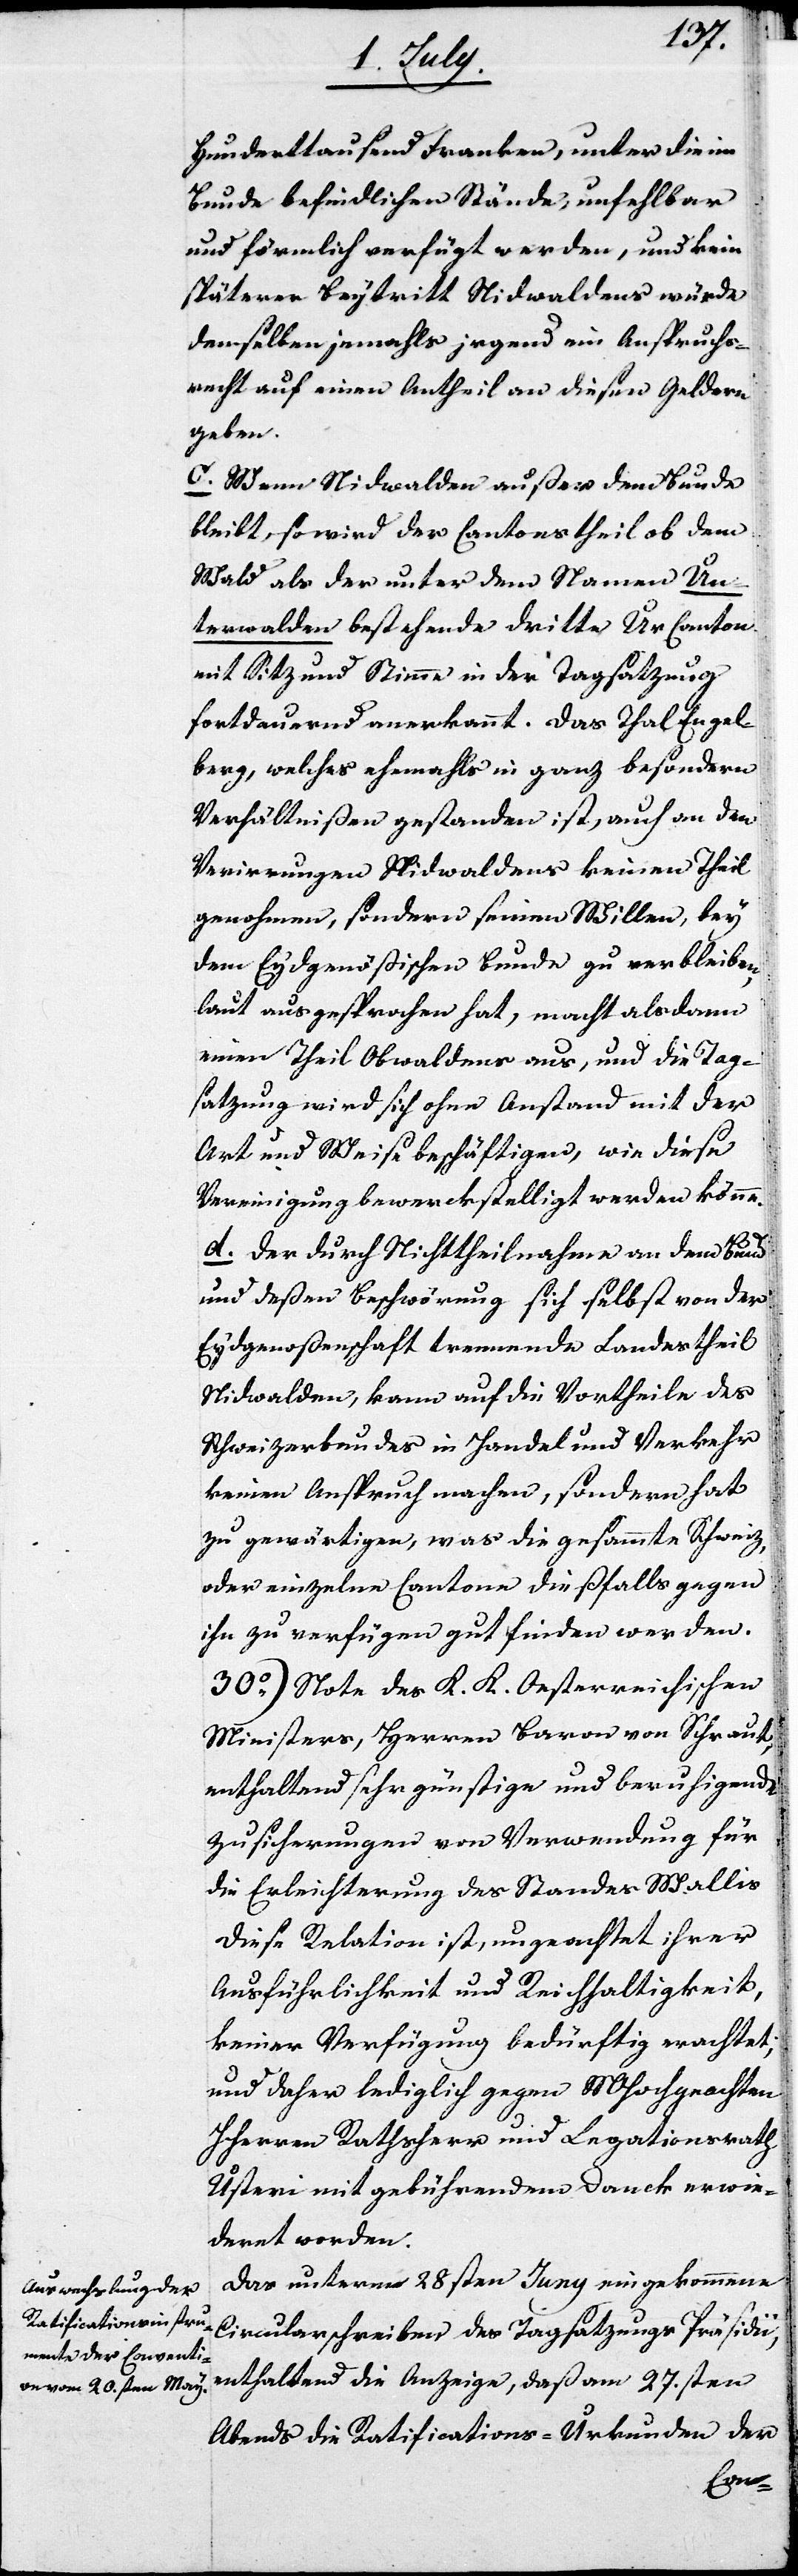
hunderttausend Franken, unter die im
Bunde befindlichen Stände, unfehlbar
und förmlich verfügt werden, und kein
späterer Beytritt Nidwaldens würde
demselben jemahls irgend ein Anspruchs¬
recht auf einen Antheil an diesen Geldern
geben.
c. Wenn Nidwalden außer dem Bunde
bleibt, so wird der Cantonstheil ob dem
Wald als der unter dem Namen Un¬
terwalden bestehende dritte Urcanton
mit Sitz und Stimme in der Tagsatzung
fortdauernd anerkannt. Das Thal Engel¬
berg, welches ehemals in ganz besondern
Verhältnißen gestanden ist, auch an den
Verwirrungen Nidwaldens keinen Theil
genohmen, sondern seinen Willen, bey
dem Eydgenößischen Bunde zu verbleiben,
laut ausgesprochen hat, macht alsdann
einen Theil Obwaldens aus, und die Tag¬
satzung wird sich ohne Anstand mit der
Art und Weise beschäftigen, wie diese
Vereinigung bewerkstelliget werden könnte.
d. Der durch Nichttheilnahme an dem Bunde
und deßen Beschwörung sich selbst von der
Eydsgenoßenschaft trennende Landtheil
Nidwalden, kann auf die Vortheile des
Schweizerbundes in Handel und Verkehr
keinen Anspruch machen, sondern hat
zu gewärtigen, was die gesammte Schweiz
oder einzelne Cantone dießfalls gegen
ihn zu verfügen gut finden werden.
30o) Note des K. K. Oesterreichischen
Ministers, Herren Baron von Schraut,
enthaltend sehr günstige und beruhigende
Zusicherungen von Verwendung für
die Erleichterung des Standes Wallis.
Diese Relation ist, ungeachtet ihrer
Ausführlichkeit und Reichhaltigkeit,
keiner Verfügung bedürftig erachtet,
und daher lediglich gegen MHochgeachten
HHerren Rathsherr und Legationsrath
Usteri mit gebührendem Danck erwie¬
deret worden.
Das unterm 28sten Juny eingekommene
Circularschreiben des Tagsatzungs Präsidii,
enthaltend die Anzeige, daß am 27.sten
Abends die Ratifications-Urkunden der